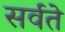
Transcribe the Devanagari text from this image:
सर्वते